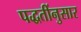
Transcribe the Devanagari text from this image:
पद्धतींनुसार